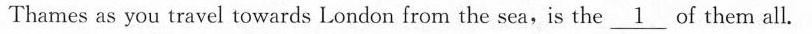
Thames as you travel towards London from the sea,is the \unerline{1}dof _them all.